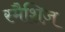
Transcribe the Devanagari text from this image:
स्मैशिज़